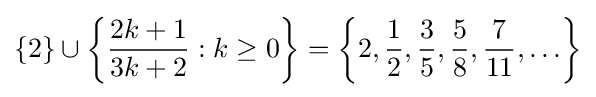
\{2\}\cup \left\{{\frac {2k+1}{3k+2}}:k\geq 0\right\}=\left\{2,{\frac {1}{2}},{\frac {3}{5}},{\frac {5}{8}},{\frac {7}{11}},\ldots \right\}